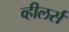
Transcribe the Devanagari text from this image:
व्हीलर्स